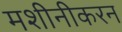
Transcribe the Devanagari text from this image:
मशीनीकरन